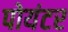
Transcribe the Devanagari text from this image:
पोयंटर